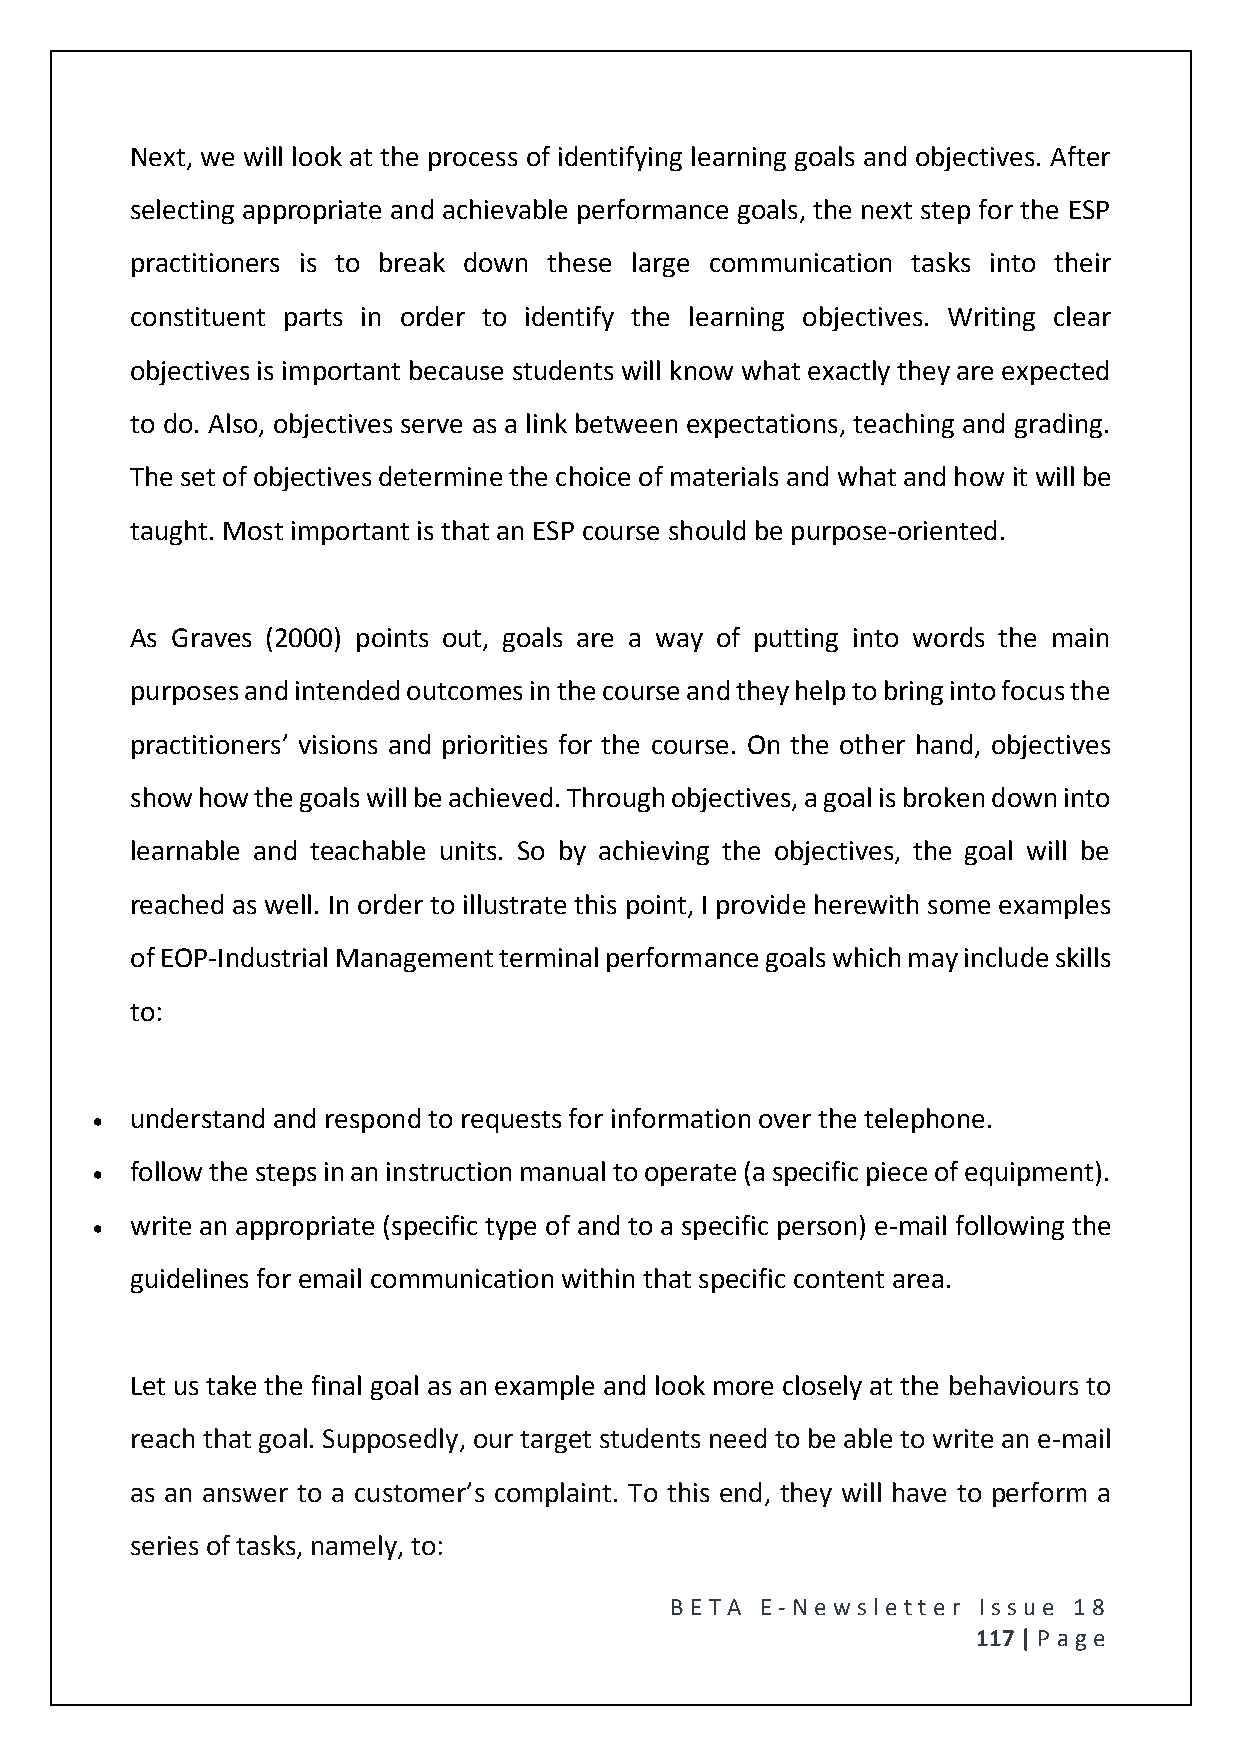
Next, we will look at the process of identifying learning goals and objectives. After
 selecting appropriate and achievable performance goals, the next step for the ESP
 practitioners is to break down these large communication tasks into their
 constituent parts in order to identify the learning objectives. Writing clear
 objectives is important because students will know what exactly they are expected
 to do. Also, objectives serve as a link between expectations, teaching and grading.
 The set of objectives determine the choice of materials and what and how it will be
 taught. Most important is that an ESP course should be purpose-oriented.
 As Graves (2000) points out, goals are a way of putting into words the main
 purposes and intended outcomes in the course and they help to bring into focus the
 practitioners’ visions and priorities for the course. On the other hand, objectives
 show how the goals will be achieved. Through objectives, a goal is broken down into
 learnable and teachable units. So by achieving the objectives, the goal will be
 reached as well. In order to illustrate this point, I provide herewith some examples
 of EOP-Industrial Management terminal performance goals which may include skills
 to:
   understand and respond to requests for information over the telephone.
   follow the steps in an instruction manual to operate (a specific piece of equipment).
   write an appropriate (specific type of and to a specific person) e-mail following the
 guidelines for email communication within that specific content area.
 Let us take the final goal as an example and look more closely at the behaviours to
 reach that goal. Supposedly, our target students need to be able to write an e-mail
 as an answer to a customer’s complaint. To this end, they will have to perform a
 series of tasks, namely, to:
 BE T A E -N e wsle tt e r Issue 18
 117 | P age